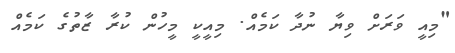
"މިއީ ވަރަށް ވިޔާ ނުދާ ކަމެއް. މިއީކީ މީހުން ކުރާ ޒާތުގެ ކަމެއް